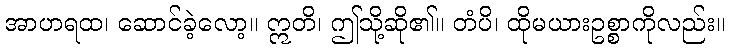
အာဟရထ၊ ဆောင်ခဲ့လော့။ ဣတိ၊ ဤသို့ဆို၏။ တံပိ၊ ထိုမယားဥစ္စာကိုလည်း။